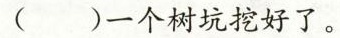
()一个树坑挖好了。